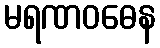
မရဏဝဓေန